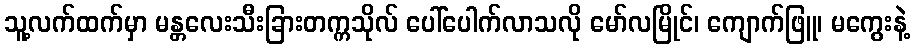
သူ့လက်ထက်မှာ မန္တလေးသီးခြားတက္ကသိုလ် ပေါ်ပေါက်လာသလို မော်လမြိုင်၊ ကျောက်ဖြူ၊ မကွေးနဲ့